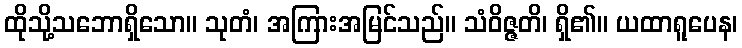
ထိုသို့သဘောရှိသော။ သုတံ၊ အကြားအမြင်သည်။ သံဝိဇ္ဇတိ၊ ရှိ၏။ ယထာရူပေန၊